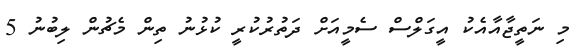
މި ނަތީޖާއާއެކު އީގަލްސް ސެމީއަށް ދަތުރުކުރީ ކުޅުނު ތިން މެޗުން ލިބުނު 5